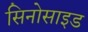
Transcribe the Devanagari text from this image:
सिनोसाइड